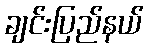
ချင်းပြည်နယ်